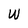
Character: W